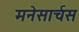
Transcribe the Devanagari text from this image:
मनेसार्चस